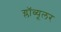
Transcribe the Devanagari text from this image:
ग्लॉब्यूलर